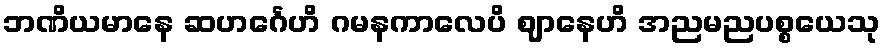
ဘဏိယမာနေ ဆဟင်္ဂေဟိ ဂမနကာလေပိ ဈာနေဟိ အညမညပစ္စယေသု